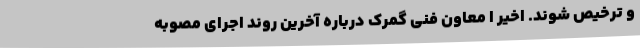
و ترخیص شوند. اخیر ا معاون فنی گمرک درباره آخرین روند اجرای مصوبه